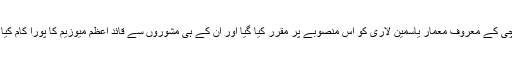
کراچی کے معروف معمار یاسمین لاری کو اس منصوبے پر مقرر کیا گیا اور ان کے ہی مشوروں سے قائد اعظم میوزیم کا پورا کام کیا گیا۔